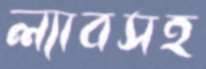
ল্যাবসহ